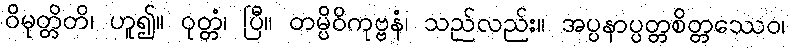
ဝိမုတ္တိတိ၊ ဟူ၍။ ဝုတ္တံ၊ ပြီ။ တမ္ပိဝိကုဗ္ဗနံ၊ သည်လည်း။ အပ္ပနာပ္ပတ္တစိတ္တဿေဝ၊